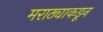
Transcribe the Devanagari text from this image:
मराठ्याकडून